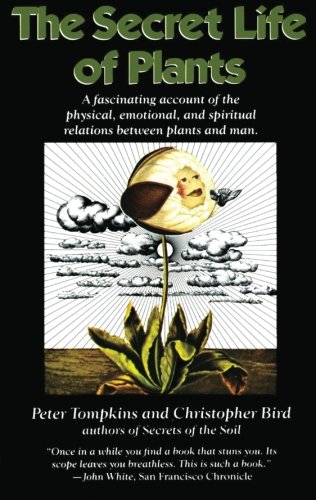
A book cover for The Secret Life of Plants: a Fascinating Account of the Physical, Emotional, and Spiritual Relations Between Plants and Man; Peter Tompkins; Science & Math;